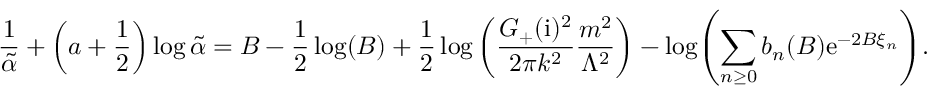
\frac { 1 } { \tilde { \alpha } } + \left( a + \frac { 1 } { 2 } \right) \log \tilde { \alpha } = B - \frac { 1 } { 2 } \log ( B ) + \frac { 1 } { 2 } \log \left( \frac { G _ { + } ( \mathrm { i } ) ^ { 2 } } { 2 \pi k ^ { 2 } } \frac { m ^ { 2 } } { \Lambda ^ { 2 } } \right) - \log \Biggl ( \sum _ { n \ge 0 } b _ { n } ( B ) \mathrm { e } ^ { - 2 B \xi _ { n } } \Biggr ) .